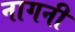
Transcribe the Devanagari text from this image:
नागनी